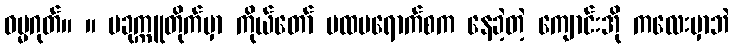
ဓမ္မဂုတ်။ ။ ပခုက္ကူတိုက်မှာ ကိုယ်တော် ပထမရောက်စက နေခဲ့တဲ့ ကျောင်းအို ကလေးမှာဘဲ